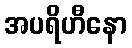
အပရိဟီနော